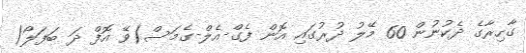
ގާހިރާގެ ދެކުނުން 60 މޭލު ދުރުގައި އޮން ފެގް-އެލް-ގެމަސް(ވޭ އޮފް ދަ ބަފަލޯ)